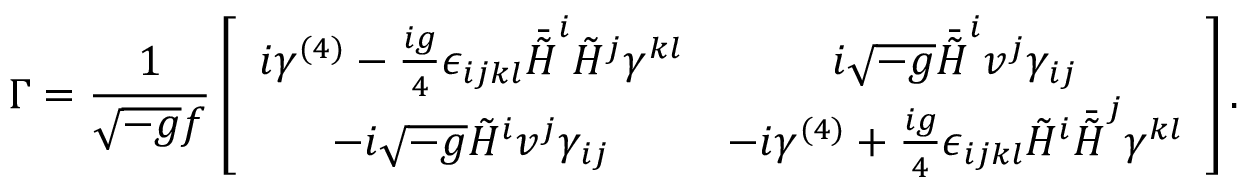
\Gamma = \frac { 1 } { \sqrt { - g } f } \left[ \begin{array} { c c } { { i \gamma ^ { ( 4 ) } - \frac { i g } { 4 } \epsilon _ { i j k l } \bar { \tilde { \cal H } } ^ { i } \tilde { \cal H } ^ { j } \gamma ^ { k l } } } & { { i \sqrt { - g } \bar { \tilde { \cal H } } ^ { i } v ^ { j } \gamma _ { i j } } } \\ { { - i \sqrt { - g } \tilde { \cal H } ^ { i } v ^ { j } \gamma _ { i j } } } & { { - i \gamma ^ { ( 4 ) } + \frac { i g } { 4 } \epsilon _ { i j k l } \tilde { \cal H } ^ { i } \bar { \tilde { \cal H } } ^ { j } \gamma ^ { k l } } } \end{array} \right] .